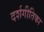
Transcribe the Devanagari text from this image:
दर्शगीतिका